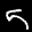
Label: 5